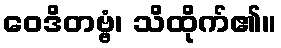
ဝေဒိတဗ္ဗံ၊ သိထိုက်၏။